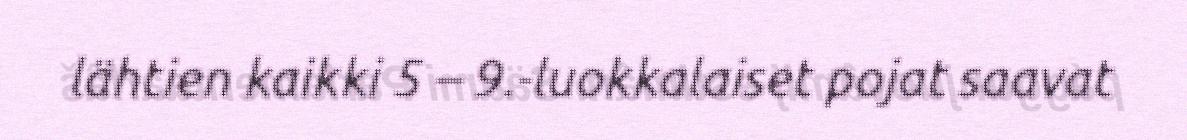
lähtien kaikki 5 – 9.-luokkalaiset pojat saavat